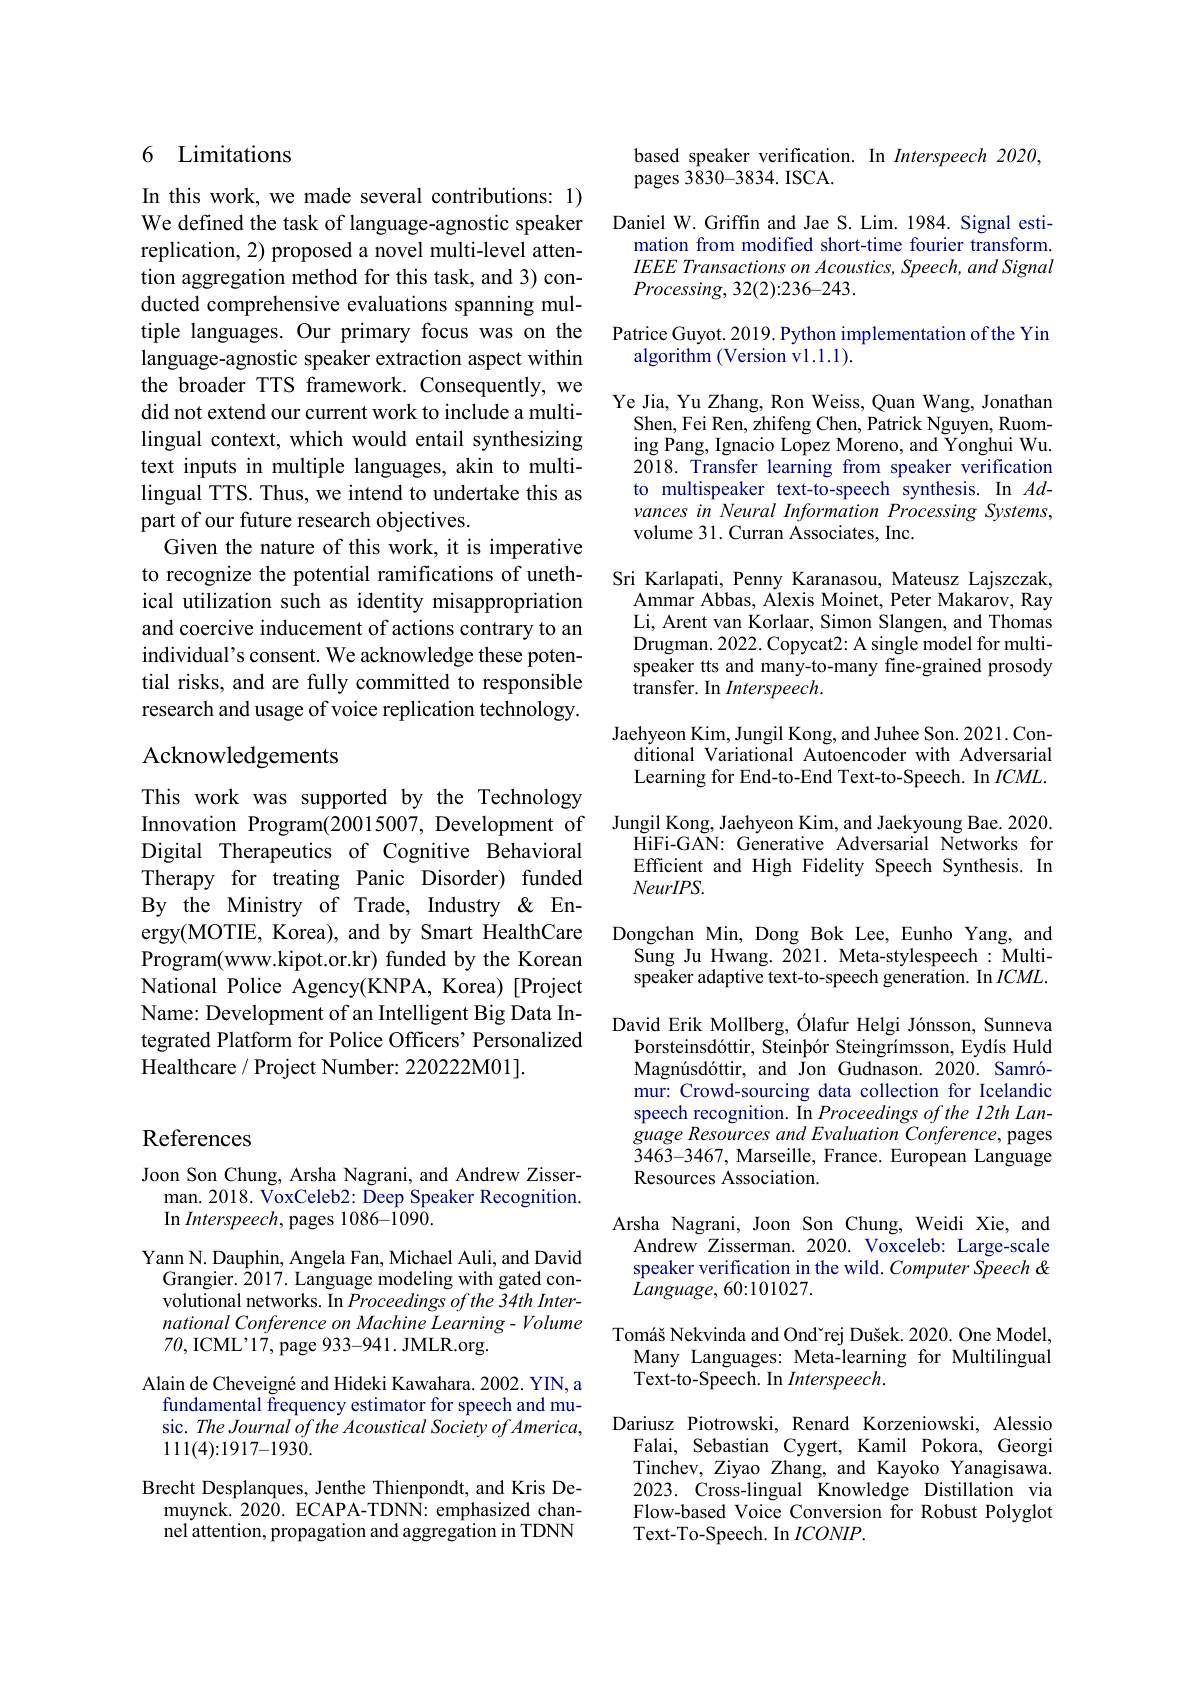
## 6 Limitations

In this work, we made several contributions: l) We defined the task of language-agnostic speaker replication, 2) proposed a novel multi-level attention aggregation method for this task, and 3) conducted comprehensive evaluations spanning mullanguage-agnostic speaker extraction aspect within the broader TTS framework. Consequently, we did not extend our current work to include a multilingual context, which would entail synthesizing text inputs in multiple languages, akin to multilingual TTS. Thus, we intend to undertake this as part of our future research objectives.
Given the nature of this work, it is imperative to recognize the potential ramifications of unethical utilization such as identity misappropriation and coercive inducement of actions contrary to an individual's consent. We acknowledge these potential risks, and are fully committed to responsible research and usage of voice replication technology. Acknowledgements

This work was supported by the Technology Innovation Program(20015007, Development of Digital Therapeutics of Cognitive Behavioral Therapy for treating Panic Disorder) funded By the Ministry of Trade, Industry &Energy(MOTIE, Korea), and by Smart HealthCare Program(www.kipot.or.kr) funded by the Korean National Police Agency(KNPA, Korea) [Project Name: Development of an Intelligent Big Data Integrated Platform for Police Officers' Personalized Healthcare / Project Number: 220222M01].

based speaker verification. In Interspeech 2020,
pages 3830-3834.ISCA.

Daniel W.Griffin and Jae S. Lim. 1984. Signal esti-
mation from modified short-time fourier transform. IEEE Transactions on Acoustics, Speech, and Signal $Processing,32(2):236-243.$

tiple languages. Our primary focus was on the Patrice Guyot.2019.Python implementation of the Yin
algorithm (Version vl.1.1).

Ye Jia, Yu Zhang, Ron Weiss, Quan Wang, Jonathan
Shen, Fei Ren, zhifeng Chen, Patrick Nguyen, Ruoming Pang, Ignacio Lopez Moreno, and Yonghui Wu. 2018. Transfer learning from speaker verification to multispeaker text-to-speech synthesis. In $Ad$- vances in Neural Information Processing Systems, volume 31. Curran Associates, Inc.

Sri Karlapati, Penny Karanasou, Mateusz Lajszczak,
Ammar Abbas, Alexis Moinet, Peter Makarov, Ray Li, Arent van Korlaar, Simon Slangen, and Thomas Drugman. 2022. Copycat2: A single model for multispeaker tts and many-to-many fine-grained prosody transfer. In Interspeech.

Jaehyeon Kim, Jungil Kong, and Juhee Son. 2021. Con-
ditional Variational Autoencoder with Adversarial Learning for End-to-End Text-to-Speech. In $ICML.$
Jungil Kong, Jaehyeon Kim, and Jaekyoung Bae. 2020
HiFi-GAN: Generative Adversarial Networks for Efficient and High Fidelity Speech Synthesis. In $NeurIPS.$
Dongchan Min, Dong Bok Lee, Eunho Yang, and
Sung Ju Hwang. 2021. Meta-stylespeech: Multispeaker adaptive text-to-speech generation. In $ICML.$
David Erik Mollberg, Ólafur Helgi Jónsson, Sunneva
Þorsteinsdóttir, Steinþór Steingrímsson, Eydís Huld Magnúsdóttir, and Jon Gudnason. 2020. Samrómur: Crowd-sourcing data collection for Icelandic speech recognition. In Proceedings of the 12th Language Resources and Evaluation Conference, pages 3463-3467, Marseille, France. European Language Resources Association.
Arsha Nagrani, Joon Son Chung, Weidi Xie, and Andrew Zisserman. 2020. Voxceleb: Large-scale speaker verification in the wild. Computer Speech & $Language,60:101027.$
Tomáš Nekvinda and Ondˇrej Dušek. 2020. One Model,
Many Languages: Meta-learning for Multilingual
Text-to-Speech. In Interspeech.
Dariusz Piotrowski, Renard Korzeniowski, Alessio
Falai, Sebastian Cygert, Kamil Pokora, Georgi Tinchev, Ziyao Zhang, and Kayoko Yanagisawa. 2023. Cross-lingual Knowledge Distillation via Flow-based Voice Conversion for Robust Polyglot Text-To-Speech. In $ICONIP.$

# References

Joon Son Chung, Arsha Nagrani, and Andrew Zisser-
man. 2018. VoxCeleb2: Deep Speaker Recognition.
In Interspeech, pages 1086-1090.

Yann N. Dauphin, Angela Fan, Michael Auli, and David
Grangier. $\hat{2}017.$ Language modeling with gated convolutional networks. In Proceedings ofthe $\tilde{3}4th$ International Conference on Machine Learning- Volume 70, ICML'17, page 933-941. JMLR.org.
Alain de Cheveigné and Hideki Kawahara. 2002. YIN, a
fundamental frequency estimator for speech and music. The Journal of the Acoustical Society of America, 1111(4){:}1917{-}1930.
Brecht Desplanques, Jenthe Thienpondt, and Kris De-
muynck. 2020. ECAPA-TDNN: emphasized channel attention, propagation and aggregation in TDNN